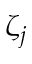
\zeta _ { j }